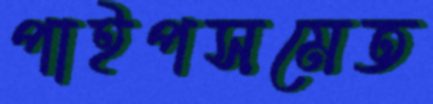
পাইপসমেত